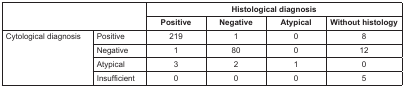
<table><thead><tr><td rowspan="2" colspan="2"></td><td colspan="4"><b>Histological diagnosis</b></td></tr><tr><td><b>Positive</b></td><td><b>Negative</b></td><td><b>Atypical</b></td><td><b>Without histology</b></td></tr></thead><tbody><tr><td rowspan="4">Cytological diagnosis</td><td>Positive</td><td>219</td><td>1</td><td>0</td><td>8</td></tr><tr><td>Negative</td><td>1</td><td>80</td><td>0</td><td>12</td></tr><tr><td>Atypical</td><td>3</td><td>2</td><td>1</td><td>0</td></tr><tr><td>Insufficient</td><td>0</td><td>0</td><td>0</td><td>5</td></tr></tbody></table>